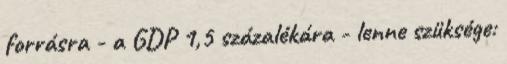
forrásra - a GDP 1,5 százalékára - lenne szüksége: